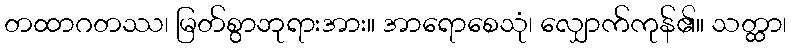
တထာဂတဿ၊ မြတ်စွာဘုရားအား။ အာရောစေသုံ၊ လျှောက်ကုန်၏။ သတ္ထာ၊